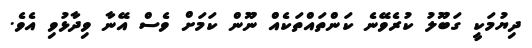
ދިޔުމަކީ ގަބޫލު ކުރެވޭނެ ކަންތައްތަކެއް ނޫން ކަމަށް ވެސް އޭނާ ވިދާޅުވި އެވެ.